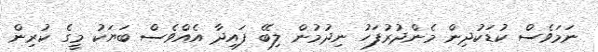
ނަމަވެސް ކުޑަކުދިން މެންދުރުފަހު ނިދުމުން ލިބޭ ފައިދާ އެއްވެސް ބަޔަކު މީގެ ކުރިން